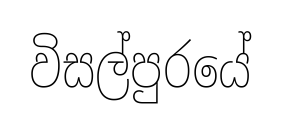
විසල්පුරයේ